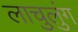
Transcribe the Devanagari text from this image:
लाचुलुंग